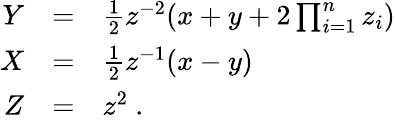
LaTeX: \begin{array}{rcl}{{Y}}&{{=}}&{{\frac{1}{2}z^{-2}(x+y+2\prod_{i=1}^{n}z_{i})}}\\ {{X}}&{{=}}&{{\frac{1}{2}z^{-1}(x-y)}}\\ {{Z}}&{{=}}&{{z^{2}~.}}\end{array}